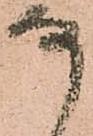
な